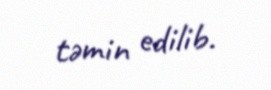
təmin edilib.